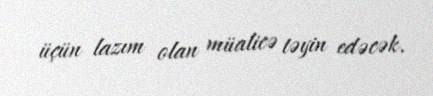
üçün lazım olan müalicə təyin edəcək.